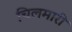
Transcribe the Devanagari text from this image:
चिलमारी